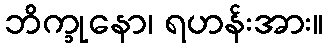
ဘိက္ခုနော၊ ရဟန်းအား။